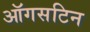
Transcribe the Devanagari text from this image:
ऑगसटिन